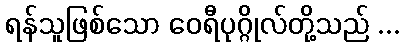
ရန်သူဖြစ်သော ဝေရီပုဂ္ဂိုလ်တို့သည် ...